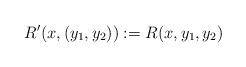
LaTeX: \begin{align*}R'(x,(y_1,y_2)):= R(x,y_1,y_2)\end{align*}